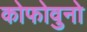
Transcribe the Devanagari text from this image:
कोफोवुनो